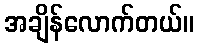
အချိန်လောက်တယ်။